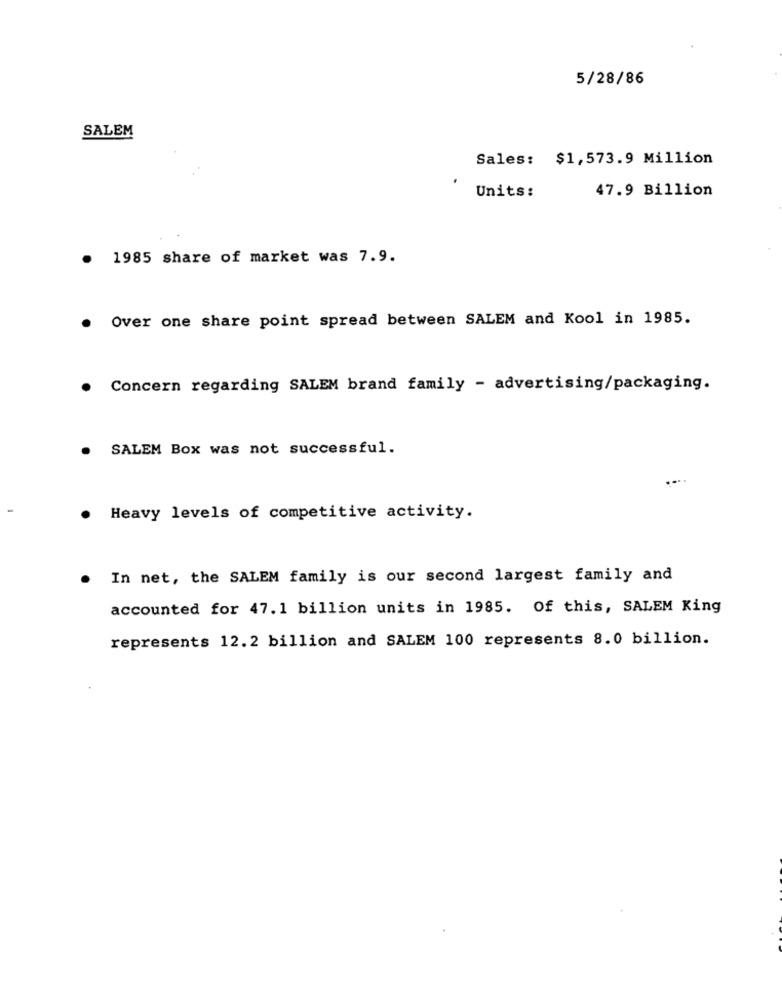
5/28/86
SALEM
Sales: $1,573.9 Million
47.9 Billion
Units:
1985 share of market was 7.9.
Over one share point spread between SALEM and Kool in 1985.
Concern regarding SALEM brand family - advertising/packaging.
SALEM Box was not successful.
Heavy levels of competitive activity.
In net, the SALEM family is our second largest family and
accounted for 47. 1 billion units in 1985. Of this, SALEM King
represents 12.2 billion and SALEM 100 represents 8.0 billion.